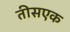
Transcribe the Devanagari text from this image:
तीसएक